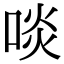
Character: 啖